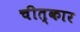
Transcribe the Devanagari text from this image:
चीत्‍कार